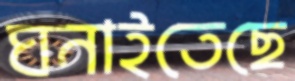
ঘনাইতেছে